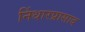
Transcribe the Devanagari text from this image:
निंधारप्रासाद